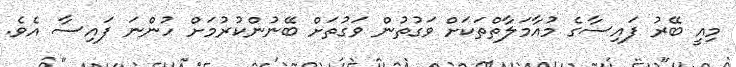
މިއީ ބޭރު ފައިސާގެ މުއާމަލާތްތަކަށް ވަގުތުން ވަގުތަށް ބޭނުންކުރުމަށް ހުންނަ ފައިސާ އެވެ.